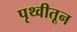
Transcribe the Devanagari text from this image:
पृथ्वीतून